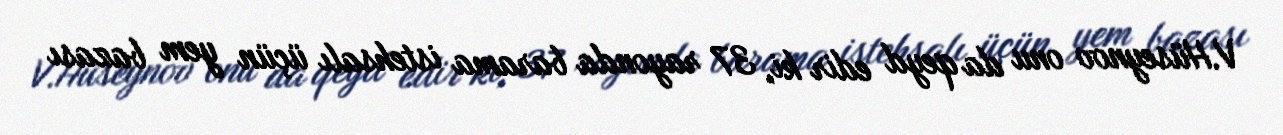
V.Hüseynov onu da qeyd edir ki, 37 rayonda barama istehsalı üçün yem bazası